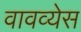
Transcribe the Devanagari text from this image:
वावव्येस